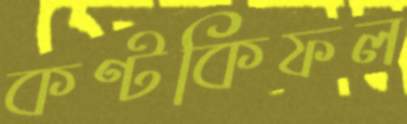
কণ্টকিফল